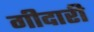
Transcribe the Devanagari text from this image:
गीदारी